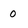
Character: o